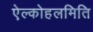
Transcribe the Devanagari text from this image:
ऐल्कोहलमिति